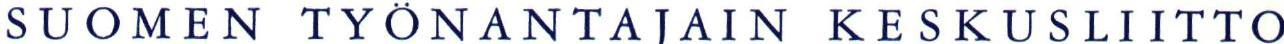
SUOMEN TYÖNANTAJAIN KESKUSLIITTO